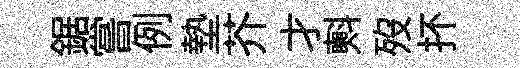
鋸嘗例墊芥才㪺歿抔